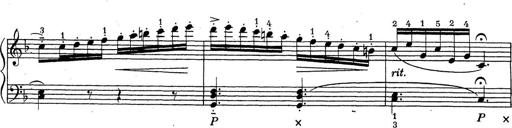
Title: ÄŒeskÃ© Sonatiny
Composer: Various